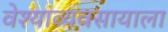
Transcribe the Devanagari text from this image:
वेश्याव्यवसायाला